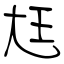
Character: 尪